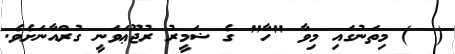
(  ) މިތަނުގައި މިވާ "ހާ" ގެ ޟަމީރު ރުޖޫޢަވަނީ ގުރްއާނަށެވެ.